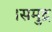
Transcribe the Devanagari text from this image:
।समुद्र